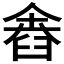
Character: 𦥴